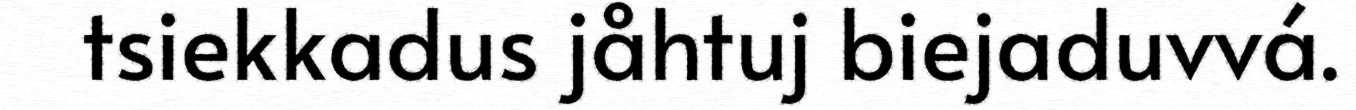
tsiekkadus jåhtuj biejaduvvá.